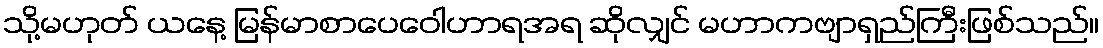
သို့မဟုတ် ယနေ့ မြန်မာစာပေဝေါဟာရအရ ဆိုလျှင် မဟာကဗျာရှည်ကြီးဖြစ်သည်။